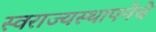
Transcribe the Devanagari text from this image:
स्वराज्यस्थापनेचे